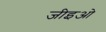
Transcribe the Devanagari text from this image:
जीइओ